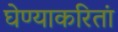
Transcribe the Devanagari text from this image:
घेण्याकरितां